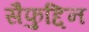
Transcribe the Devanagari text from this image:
सैफुद्दिन